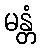
မန္တံ